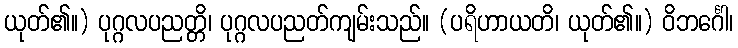
ယုတ်၏။) ပုဂ္ဂလပညတ္တိ၊ ပုဂ္ဂလပညတ်ကျမ်းသည်။ (ပရိဟာယတိ၊ ယုတ်၏။) ဝိဘင်္ဂေါ၊